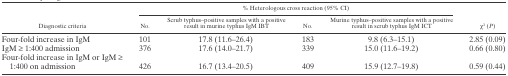
<table><thead><tr><td rowspan="2"><b>Diagnostic criteria</b></td><td colspan="4"><b>% Heterologous cross reaction (95% CI)</b></td><td rowspan="2"><b>χ<sup>2</sup> (<i>P</i>)</b></td></tr><tr><td><b>No.</b></td><td><b>Scrub typhus–positive samples with a positive result in murine typhus IgM IBT</b></td><td><b>No.</b></td><td><b>Murine typhus–positive samples with a positive result in scrub typhus IgM ICT</b></td></tr></thead><tbody><tr><td>Four-fold increase in IgM</td><td>101</td><td>17.8 (11.6–26.4)</td><td>183</td><td>9.8 (6.3–15.1)</td><td>2.85 (0.09)</td></tr><tr><td>IgM ≥ 1:400 admission</td><td>376</td><td>17.6 (14.0–21.7)</td><td>339</td><td>15.0 (11.6–19.2)</td><td>0.66 (0.80)</td></tr><tr><td>Four-fold increase in IgM or IgM ≥ 1:400 on admission</td><td>426</td><td>16.7 (13.4–20.5)</td><td>409</td><td>15.9 (12.7–19.8)</td><td>0.59 (0.44)</td></tr></tbody></table>